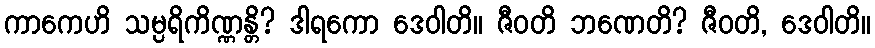
ကာကေဟိ သမ္ပရိကိဏ္ဏန္တိ? ဒါရကော ဒေဝါတိ။ ဇီဝတိ ဘဏေတိ? ဇီဝတိ, ဒေဝါတိ။